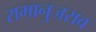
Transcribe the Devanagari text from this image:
रामानुजराव